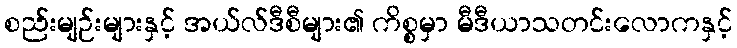
စည်းမျဉ်းများနှင့် အယ်လ်ဒီစီများ၏ ကိစ္စမှာ မီဒီယာသတင်းလောကနှင့်